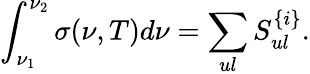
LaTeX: \int_{\nu_{1}}^{\nu_{2}}\sigma(\nu,T)d\nu=\sum_{ul}S_{ul}^{\{ i\} }.